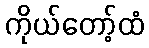
ကိုယ်တော့်ထံ